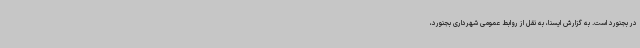
در بجنورد است. به گزارش ایسنا، به نقل از روابط عمومی شهرداری بجنورد،